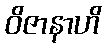
ဝိဇာနာဟိ